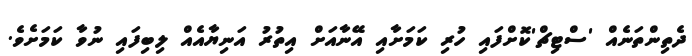
ދެތިންތަނެއް 'ސްޓިޗް'ކޮށްފައި ހުރި ކަމަށާއި އޭނާއަށް އިތުރު އަނިޔާއެއް ލިބިފައި ނުވާ ކަމަށެވެ.